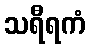
သရီရကံ